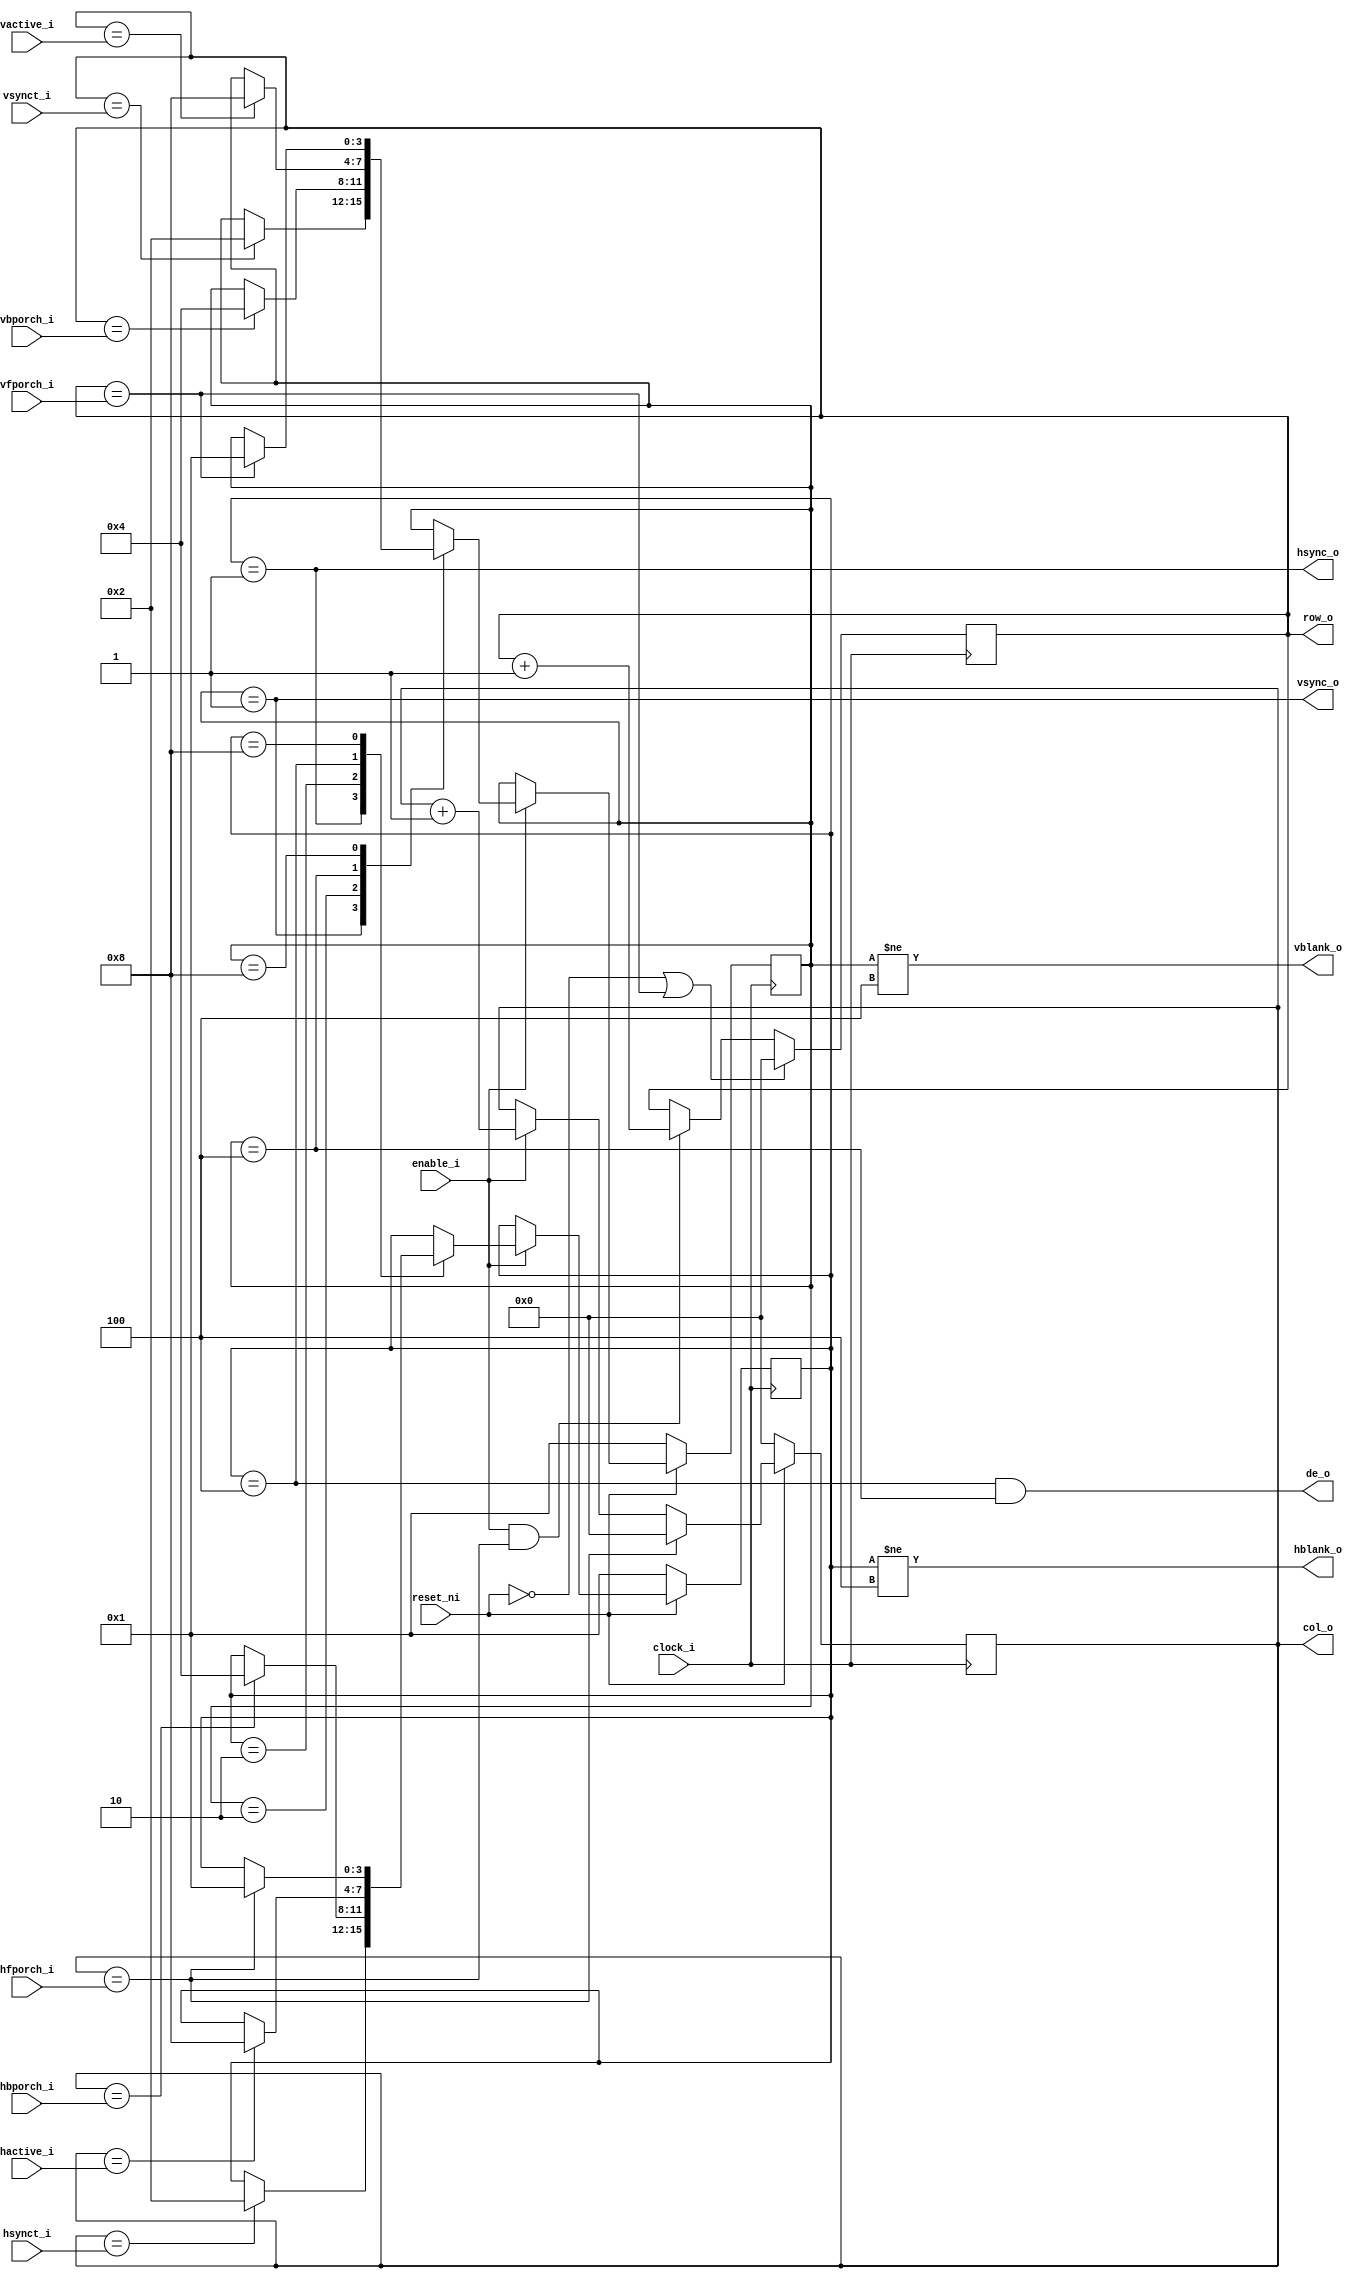
/***************************************************************************
 *                                                                         *
 *   crtc.v - A CRT/LCD controller for a VGA.                              *
 *                                                                         *
 *   Copyright (C) 2008 by Patrick Suggate                                 *
 *   patrick@physics.otago.ac.nz                                           *
 *                                                                         *
 *   This program is free software; you can redistribute it and/or modify  *
 *   it under the terms of the GNU General Public License as published by  *
 *   the Free Software Foundation; either version 2 of the License, or     *
 *   (at your option) any later version.                                   *
 *                                                                         *
 *   This program is distributed in the hope that it will be useful,       *
 *   but WITHOUT ANY WARRANTY; without even the implied warranty of        *
 *   MERCHANTABILITY or FITNESS FOR A PARTICULAR PURPOSE.  See the         *
 *   GNU General Public License for more details.                          *
 *                                                                         *
 *   You should have received a copy of the GNU General Public License     *
 *   along with this program; if not, write to the                         *
 *   Free Software Foundation, Inc.,                                       *
 *   59 Temple Place - Suite 330, Boston, MA  02111-1307, USA.             *
 ***************************************************************************/

`timescale 1ns / 100ps
module crtc (
	clock_i,	// Character clock
	reset_ni,
	enable_i,
	
	hsynct_i,
	hbporch_i,
	hactive_i,
	hfporch_i,
	
	vsynct_i,
	vbporch_i,
	vactive_i,
	vfporch_i,
	
	row_o,
	col_o,
	
	de_o,
	hsync_o,
	vsync_o,
	hblank_o,
	vblank_o
);

parameter	WIDTH	= 11;
parameter	MSB	= WIDTH - 1;

input		clock_i;
input		reset_ni;
input		enable_i;

input	[MSB:0]	hsynct_i;	// 0-HSYNCT
input	[MSB:0]	hbporch_i;	// 0-HBPORCH
input	[MSB:0]	hactive_i;	// 0-HACTIVE
input	[MSB:0]	hfporch_i;	// 0-HFPORCH

input	[MSB:0]	vsynct_i;
input	[MSB:0]	vbporch_i;
input	[MSB:0]	vactive_i;
input	[MSB:0]	vfporch_i;

output	[MSB:0]	row_o;
output	[MSB:0]	col_o;

output		de_o;
output		hsync_o;
output		vsync_o;
output		hblank_o;
output		vblank_o;


// reg	de_o	= 0;

reg	[MSB:0]	hcnt	= 0;
reg	[MSB:0]	vcnt	= 0;

`define	CRT_SYNC	4'b0001
`define	CRT_BPORCH	4'b0010
`define	CRT_ACTIVE	4'b0100
`define	CRT_FPORCH	4'b1000
reg	[3:0]	hstate	= `CRT_SYNC;
reg	[3:0]	vstate	= `CRT_SYNC;


assign	#2 col_o	= hcnt;
assign	#2 row_o	= vcnt;

assign	#2 de_o		= (hstate == `CRT_ACTIVE) && (vstate == `CRT_ACTIVE);
assign	#2 hsync_o	= (hstate == `CRT_SYNC);
assign	#2 vsync_o	= (vstate == `CRT_SYNC);

assign	#2 hblank_o	= (hstate != `CRT_ACTIVE);
assign	#2 vblank_o	= (vstate != `CRT_ACTIVE);


always @(posedge clock_i)
	if (!reset_ni)
		hstate	<= #2 `CRT_SYNC;
	else if (enable_i) case (hstate)
	`CRT_SYNC:	if (hcnt == hsynct_i)	hstate	<= #2 `CRT_BPORCH;
	`CRT_BPORCH:	if (hcnt == hbporch_i)	hstate	<= #2 `CRT_ACTIVE;
	`CRT_ACTIVE:	if (hcnt == hactive_i)	hstate	<= #2 `CRT_FPORCH;
	`CRT_FPORCH:	if (hcnt == hfporch_i)	hstate	<= #2 `CRT_SYNC;
	endcase


always @(posedge clock_i)
	if (!reset_ni)
		vstate	<= #2 `CRT_SYNC;
	else if (enable_i) case (vstate)
	`CRT_SYNC:	if (vcnt == vsynct_i)	vstate	<= #2 `CRT_BPORCH;
	`CRT_BPORCH:	if (vcnt == vbporch_i)	vstate	<= #2 `CRT_ACTIVE;
	`CRT_ACTIVE:	if (vcnt == vactive_i)	vstate	<= #2 `CRT_FPORCH;
	`CRT_FPORCH:	if (vcnt == vfporch_i)	vstate	<= #2 `CRT_SYNC;
	endcase

/*
wire	hdraw	= (hstate == `CRT_ACTIVE);
wire	vdraw	= (vstate == `CRT_ACTIVE);
always @(posedge clock_i)
	if (!reset_ni)		de_o	<= #2 0;
	else if (enable_i)	de_o	<= #2 hdraw && vdraw;
	else			de_o	<= #2 0;
*/

wire	#2 rst_hcnt	= (hcnt == hfporch_i);
always @(posedge clock_i)
	if (!reset_ni)		hcnt	<= #2 0;
	else if (rst_hcnt)	hcnt	<= #2 0;
	else if (enable_i)	hcnt	<= #2 hcnt + 1;


wire	#2 rst_vcnt	= (vcnt == vfporch_i);
wire	#2 inc_vcnt	= (hcnt == hfporch_i);
always @(posedge clock_i)
	if (!reset_ni || rst_vcnt)	vcnt	<= #2 0;
	else if (enable_i && inc_vcnt)	vcnt	<= #2 vcnt + 1;


endmodule	// crtc